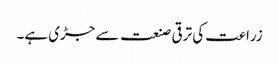
زراعت کی ترقی صنعت سے جڑی ہے۔